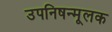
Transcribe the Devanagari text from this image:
उपनिषन्मूलक